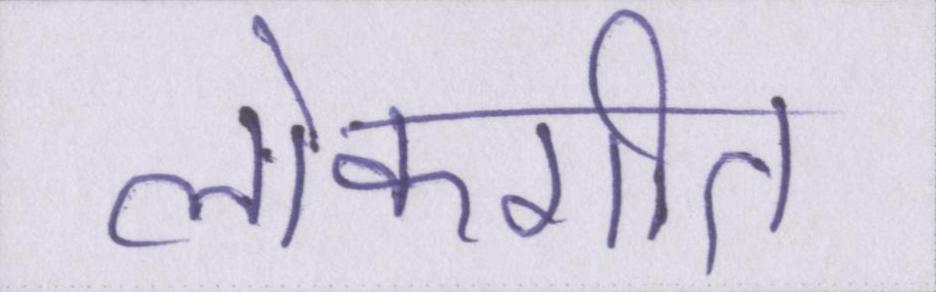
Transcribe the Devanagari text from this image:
लोकगीत